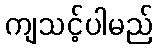
ကျသင့်ပါမည်